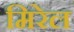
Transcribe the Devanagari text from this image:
मिरेल